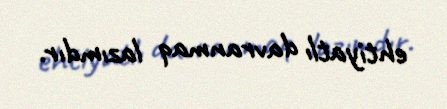
ehtiyatlı davranmaq lazımdır.